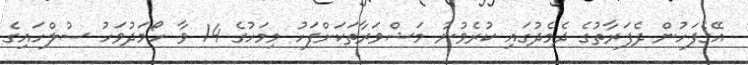
އޭގެފަހުން ދެފަރާތުގެ ދެމެދުގައި ކުރެވުނު މަޝްވަރާތަކަށްފަހު މިމަހުގެ 14 ވާ ހޯމަދުވަހު ސުލްހައިގެ